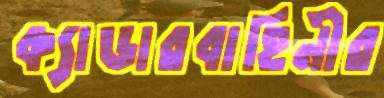
ক্যাডারবাহিনীর